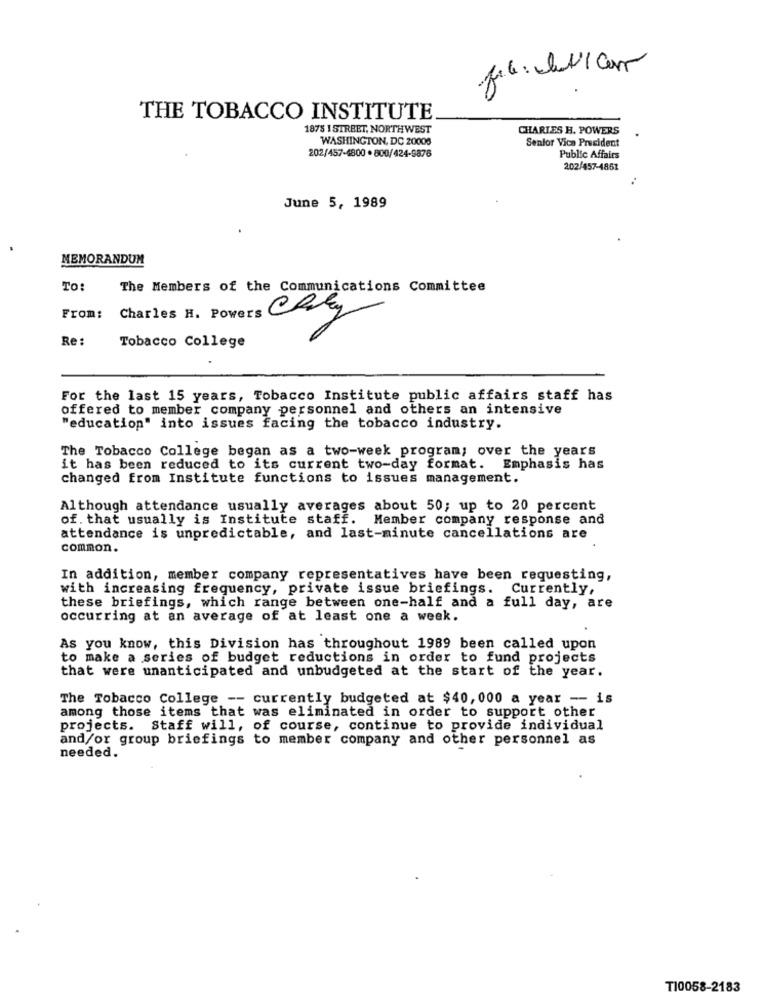
30
THE TOBACCO INSTITUTE
1875 I STREET, NORTHWEST
CHARLES H. POWERS
WASHINGTON, DC 20008
Senior Vice President
202/457-4800 . 800/424-9876
Public Affairs
202/457-4851
June 5, 1989
MEMORANDUM
TO:
The Members of the Communications Committee
From: Charles H. Powers CRky
Re :
Tobacco College
For the last 15 years, Tobacco Institute public affairs staff has
offered to member company personnel and others an intensive
"education" into issues facing the tobacco industry.
The Tobacco College began as a two-week program; over the years
it has been reduced to its current two-day format. Emphasis has
changed from Institute functions to issues management.
Although attendance usually averages about 50; up to 20 percent
of. that usually is Institute staff. Member company response and
attendance is unpredictable, and last-minute cancellations are
common.
In addition, member company representatives have been requesting,
with increasing frequency, private issue briefings. Currently,
these briefings, which range between one-half and a full day, are
occurring at an average of at least one a week.
As you know, this Division has throughout 1989 been called upon
to make a series of budget reductions in order to fund projects
that were unanticipated and unbudgeted at the start of the year.
The Tobacco College -- currently budgeted at $40,000 a year - is
among those items that was eliminated in order to support other
projects. Staff will, of course, continue to provide individual
and/or group briefings to member company and other personnel as
needed.
T10058-2183